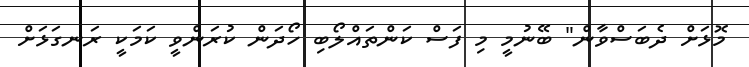
މޮޅަށް ދެބަސްވާން" ބޭނުމީ މި ފަސް ކަންތައްލޯބި ހޯދަން ކުރަންވީ ކަމަކީ ރަނގަޅަށް